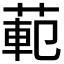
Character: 𫈣